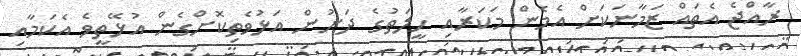
ރާއްޖެ އެތައް ޒަމާނަކަށް އެމެން މަކަރާއި ހީލަތުގެ ދަށުން އަޅުވެތިކޮށްގެން އުޅޭތީވެ އެކަމާއި